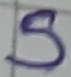
Text: S